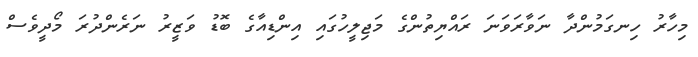
މިހާރު ހިނގަމުންދާ ނަވާރަވަނަ ރައްޔިތުންގެ މަޖިލީހުގައި އިންޑިއާގެ ބޮޑު ވަޒީރު ނަރެންދުރަ މޯދީވެސް